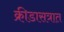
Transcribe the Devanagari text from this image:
क्रीडासत्रात